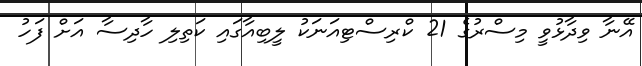
އޭނާ ވިދާޅުވީ މިސްރުގެ 21 ކްރިސްޓިއަނަކު ލީބިއާގައި ކަތިލި ހާދިސާ އަށް ފަހު